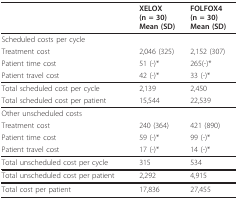
<table><thead><tr><td></td><td></td><td><b>XELOX(n = 30)Mean (SD)</b></td><td><b>FOLFOX4(n = 30)Mean (SD)</b></td></tr></thead><tbody><tr><td colspan="4">Scheduled costs per cycle</td></tr><tr><td colspan="2">Treatment cost</td><td>2,046 (325)</td><td>2,152 (307)</td></tr><tr><td colspan="2">Patient time cost</td><td>51 (-)*</td><td>265(-)*</td></tr><tr><td colspan="2">Patient travel cost</td><td>42 (-)*</td><td>33 (-)*</td></tr><tr><td colspan="2">Total scheduled cost per cycle</td><td>2,139</td><td>2,450</td></tr><tr><td colspan="2">Total scheduled cost per patient</td><td>15,544</td><td>22,539</td></tr><tr><td colspan="4">Other unscheduled costs</td></tr><tr><td colspan="2">Treatment cost</td><td>240 (364)</td><td>421 (890)</td></tr><tr><td colspan="2">Patient time cost</td><td>59 (-)*</td><td>99 (-)*</td></tr><tr><td colspan="2">Patient travel cost</td><td>17 (-)*</td><td>14 (-)*</td></tr><tr><td colspan="2">Total unscheduled cost per cycle</td><td>315</td><td>534</td></tr><tr><td colspan="2">Total unscheduled cost per patient</td><td>2,292</td><td>4,915</td></tr><tr><td colspan="2">Total cost per patient</td><td>17,836</td><td>27,455</td></tr></tbody></table>